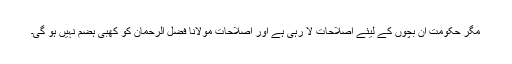
مگر حکومت ان بچوں کے لیئے اصلاحات لا رہی ہے اور اصلاحات مولانا فضل الرحمان کو کھبی ہضم نہیں ہو گی۔